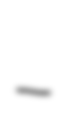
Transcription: –